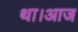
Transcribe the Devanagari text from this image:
था।आज